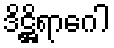
ဒိဋ္ဌိရာဂေါ